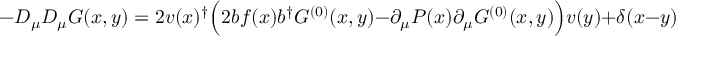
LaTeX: - D _ { \mu } D _ { \mu } G ( x , y ) = 2 v ( x ) ^ { \dagger } \Bigl ( 2 b f ( x ) b ^ { \dagger } G ^ { ( 0 ) } ( x , y ) - \partial _ { \mu } P ( x ) \partial _ { \mu } G ^ { ( 0 ) } ( x , y ) \Bigr ) v ( y ) + \delta ( x - y )